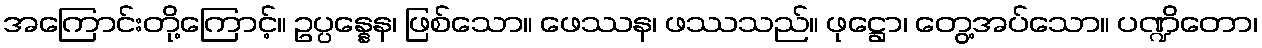
အကြောင်းတို့ကြောင့်။ ဥပ္ပန္နေန၊ ဖြစ်သော။ ဖေဿန၊ ဖဿသည်။ ဖုဋ္ဌော၊ တွေ့အပ်သော။ ပဏ္ဍိတော၊